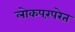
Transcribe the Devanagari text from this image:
लोकपरंपरेत